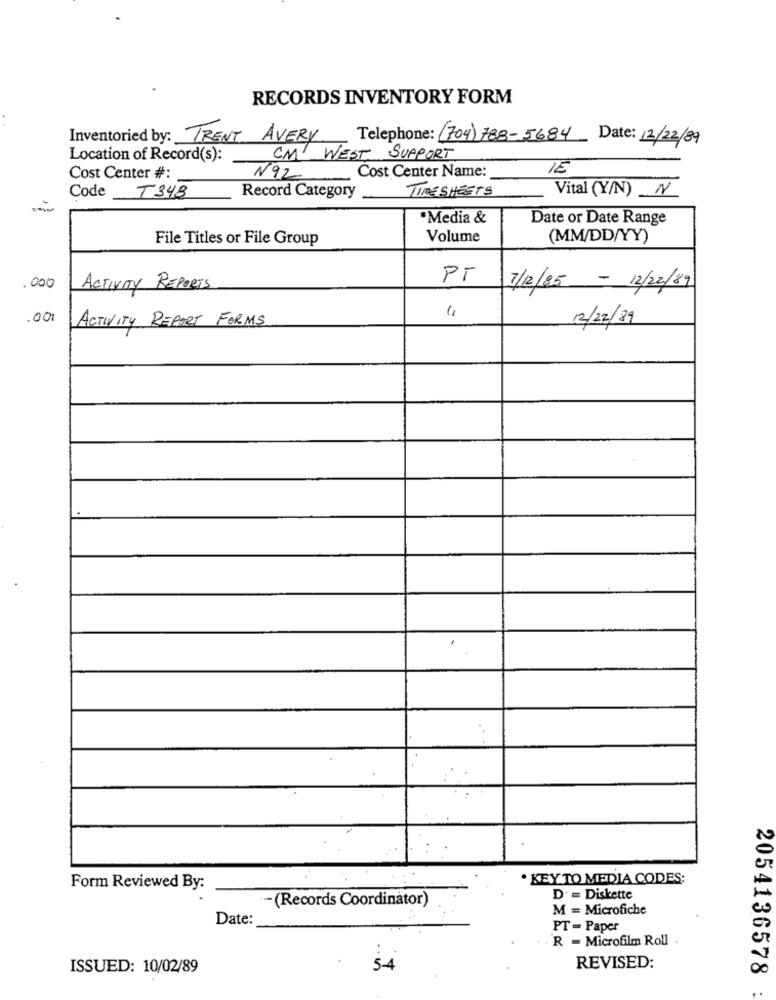
RECORDS INVENTORY FORM
Inventoried by: TRENT AVERY Telephone: (704) 788-5684 Date: 12/22/89
Location of Record(s):
CM WEST SUPPORT
Cost Center Name:
IE
Cost Center #:
N92
TIMESHEETS
Code T348
Record Category
Vital (Y/N) N
·Media &
Date or Date Range
File Titles or File Group
Volume
(MM/DD/YY)
PT
.000
ACTIVAY REPORTS
7/12/85 - 12/2/89
.00
12/22/89
ACTIVITY REPORT FORMS
KEY TO MEDIA CODES:
Form Reviewed By:
- (Records Coordinator)
D' = Diskette
M = Microfiche
Date:
PT = Paper
R = Microfilm Roll .
ISSUED: 10/02/89
5-4
REVISED:
2054136578